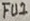
Text: FU1